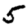
Digit: 5